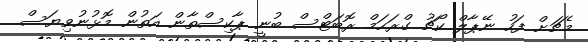
މެޗަށް ފަހު ނޭޕާލް ކޯޗު ގްރަހަމް ރޮބަޓްސް ބުނީ ޕާކިސްތާން އަތުން މޮޅުނުވިޔަސް